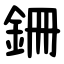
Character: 銏